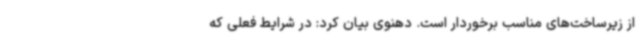
از زیرساخت‌های مناسب برخوردار است. دهنوی بیان کرد: در شرایط فعلی که